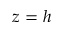
z = h